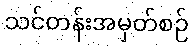
သင်တန်းအမှတ်စဉ်